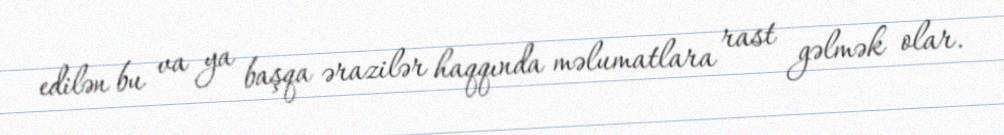
edilən bu va ya başqa ərazilər haqqında məlumatlara rast gəlmək olar.